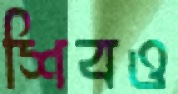
শিবও